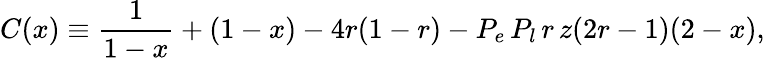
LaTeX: C(x)\equiv\frac{1}{1-x}+(1-x)-4r(1-r)-P_{e}\, P_{l}\, r\, z(2r-1)(2-x),